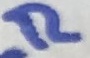
Text: R